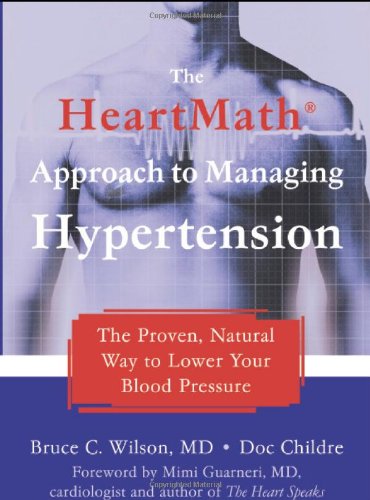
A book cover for The HeartMath Approach to Managing Hypertension: The Proven, Natural Way to Lower Your Blood Pressure; Doc Childre; Health, Fitness & Dieting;